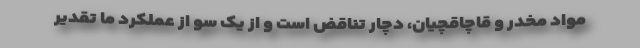
مواد مخدر و قاچاقچیان، دچار تناقض است و از یک سو از عملکرد ما تقدیر